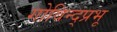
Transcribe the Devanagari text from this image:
गोविन्द्प्रभू